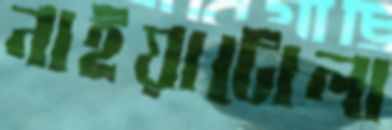
নাইয়াটোলা